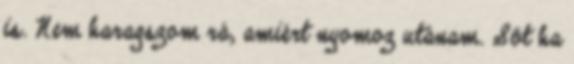
is. Nem haragszom rá, amiért nyomoz utánam. Sőt ha